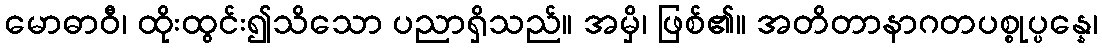
မောဓာဝီ၊ ထိုးထွင်း၍သိသော ပညာရှိသည်။ အမှိ၊ ဖြစ်၏။ အတိတာနာဂတပစ္စုပ္ပန္နေ၊